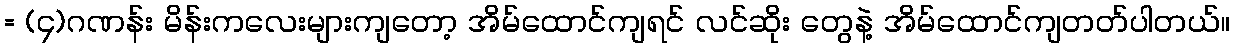
= (၄)ဂဏန်း မိန်းကလေးများကျတော့ အိမ်ထောင်ကျရင် လင်ဆိုး တွေနဲ့ အိမ်ထောင်ကျတတ်ပါတယ်။